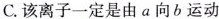
C.该离子一定是由a向b运动